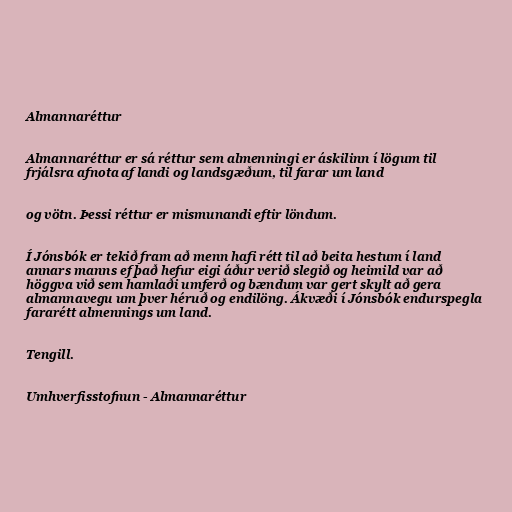
Almannaréttur

Almannaréttur er sá réttur sem almenningi er áskilinn í lögum til
frjálsra afnota af landi og landsgæðum, til farar um land

og vötn. Þessi réttur er mismunandi eftir löndum.

Í Jónsbók er tekið fram að menn hafi rétt til að beita hestum í land
annars manns ef það hefur eigi áður verið slegið og heimild var að
höggva við sem hamlaði umferð og bændum var gert skylt að gera
almannavegu um þver héruð og endilöng. Ákvæði í Jónsbók endurspegla
fararétt almennings um land.

Tengill.

Umhverfisstofnun - Almannaréttur